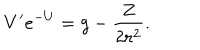
LaTeX: V ^ { \prime } e ^ { - U } = g - \frac { Z } { 2 r ^ { 2 } } .